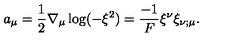
a _ { \mu } = \frac { 1 } { 2 } \nabla _ { \mu } \log ( - \xi ^ { 2 } ) = \frac { - 1 } { F } \xi ^ { \nu } \xi _ { \nu ; \mu } .